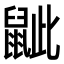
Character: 𪕑